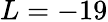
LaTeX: L=-19